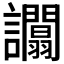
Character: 𧮑